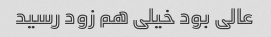
عالی بود خیلی هم زود رسید